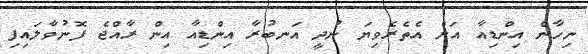
ނިހާން އިންޑިއާ އަށް އެތެރެވިޔަ ނުދީ އަނބުރާ އިންޑިއާ އިން ރާއްޖެ ފޮނުވާލައިފި